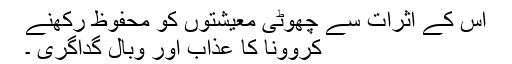
اس کے اثرات سے چھوٹی معیشتوں کو محفوظ رکھنے
کروونا کا عذاب اور وبال گداگری ۔